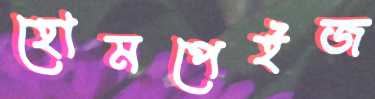
হোমপেইজ